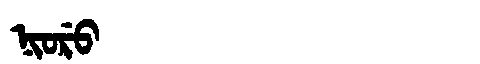
Manchu: ᠨᡳᠣᡵᡠ
Romanization: NIORU